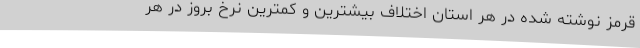
قرمز نوشته شده در هر استان اختلاف بیشترین و کمترین نرخ بروز در هر